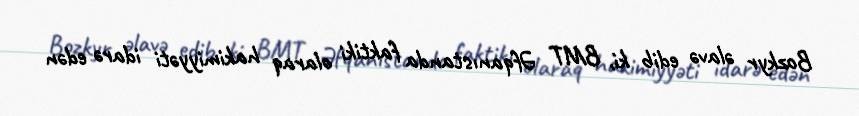
Bozkyr əlavə edib ki, BMT Əfqanıstanda faktiki olaraq hakimiyyəti idarə edən